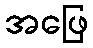
အဖြေ